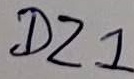
Text: DZ1